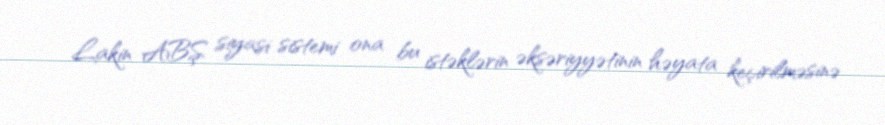
Lakin ABŞ siyasi sistemi ona bu istəklərin əksəriyyətinin həyata keçirilməsinə